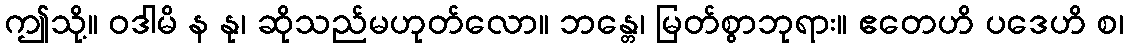
ဤသို့။ ဝဒါမိ န နု၊ ဆိုသည်မဟုတ်လော။ ဘန္တေ၊ မြတ်စွာဘုရား။ ဧတေဟိ ပဒေဟိ စ၊